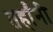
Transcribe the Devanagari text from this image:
तर्हांनी